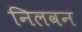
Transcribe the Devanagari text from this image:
निलवन